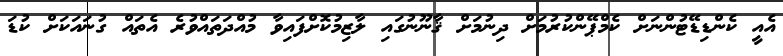
އެއީ ކެންޑިޑޭޓުންނަށް ކެމްޕޭންކުރުމަށް ދިނުމަށް ޤާނޫނުގައި ލާޒިމުކޮށްފައިވާ މުއްދަތައްވުރެ އެތައް ގުނައަކަށް ކުޑަ